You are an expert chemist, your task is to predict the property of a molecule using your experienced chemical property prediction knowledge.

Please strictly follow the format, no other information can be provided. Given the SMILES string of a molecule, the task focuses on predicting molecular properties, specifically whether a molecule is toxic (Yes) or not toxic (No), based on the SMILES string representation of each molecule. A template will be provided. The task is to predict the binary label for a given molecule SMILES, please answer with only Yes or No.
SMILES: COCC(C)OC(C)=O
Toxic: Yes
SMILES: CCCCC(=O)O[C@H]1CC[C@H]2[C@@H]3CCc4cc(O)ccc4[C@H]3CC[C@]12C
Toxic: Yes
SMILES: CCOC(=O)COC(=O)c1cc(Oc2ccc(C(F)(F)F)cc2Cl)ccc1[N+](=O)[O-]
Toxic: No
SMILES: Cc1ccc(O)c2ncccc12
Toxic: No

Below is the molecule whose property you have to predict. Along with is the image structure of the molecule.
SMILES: ClC/C=C/CCl
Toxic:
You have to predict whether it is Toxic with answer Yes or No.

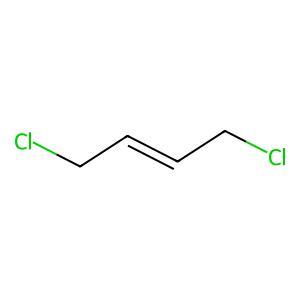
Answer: No